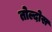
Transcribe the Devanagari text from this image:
तोल्दोस